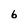
Character: 6